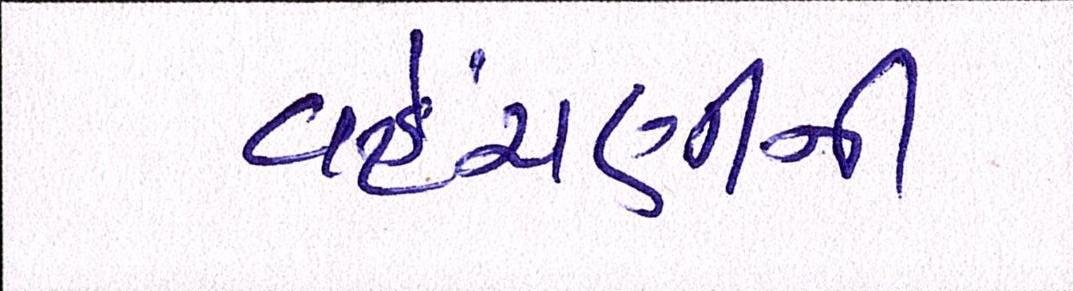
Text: વહેંચણીની